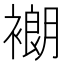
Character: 𬡨